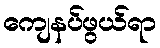
ကျေနပ်ဖွယ်ရာ